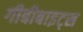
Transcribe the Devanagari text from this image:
गीबीबाइट्स